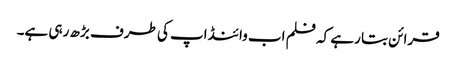
قرائن بتا رہے کہ فلم اب وائنڈ اپ کی طرف بڑھ رہی ہے۔